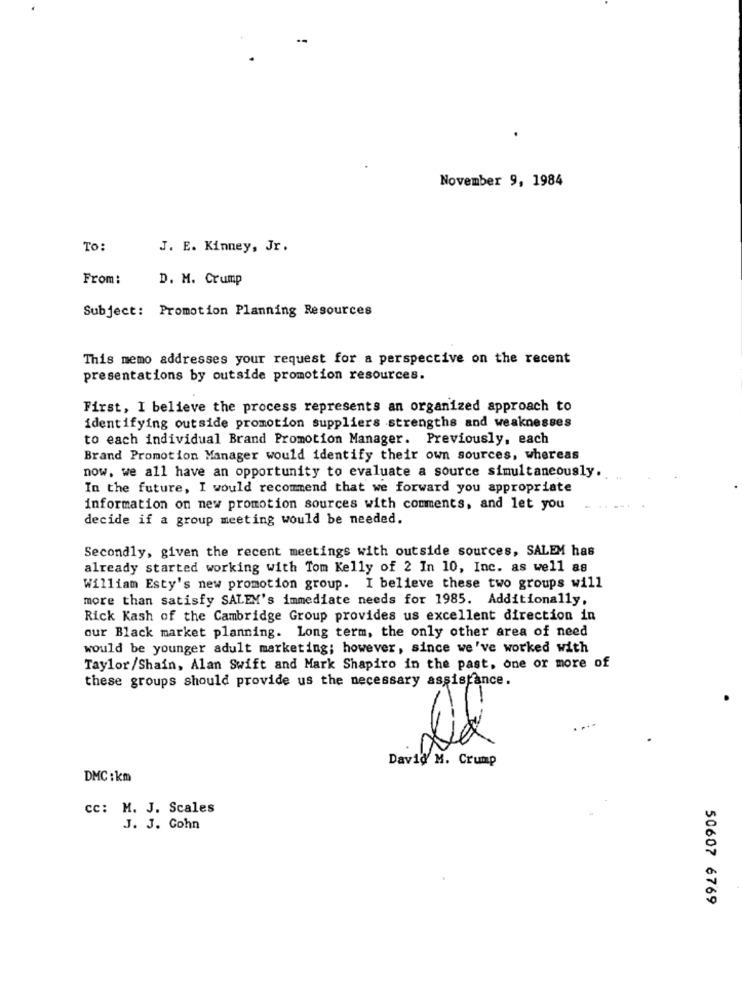
November 9, 1984
To:
J. E. Kinney, Jr.
From:
D. M. Crump
Subject: Promotion Planning Resources
This memo addresses your request for a perspective on the recent
presentations by outside promotion resources.
First, I believe the process represents an organized approach to
identifying outside promotion suppliers strengths and weaknesses
to each individual Brand Promotion Manager. Previously, each
Brand Promotion Manager would identify their own sources, whereas
now, we all have an opportunity to evaluate a source simultaneously.
In the future, I would recommend that we forward you appropriate
information on new promotion sources with comments, and let you
decide if a group meeting would be needed.
Secondly, given the recent meetings with outside sources, SALEM has
already started working with Tom Kelly of 2 In 10, Inc. as well as
William Esty's new promotion group. I believe these two groups will
more than satisfy SALEM's immediate needs for 1985. Additionally,
Rick Kash of the Cambridge Group provides us excellent direction in
our Black market planning. Long term, the only other area of need
would be younger adult marketing; however, since we've worked with
Taylor/Shain, Alan Swift and Mark Shapiro in the past, one or more of
these groups should provide us the necessary assistance.
David M. Crump
DMC : km
cc: M. J. Scales
J. J. Cohn
50607 6769